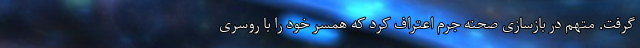
گرفت. متهم در بازسازی صحنه جرم اعتراف کرد که همسر خود را با روسری